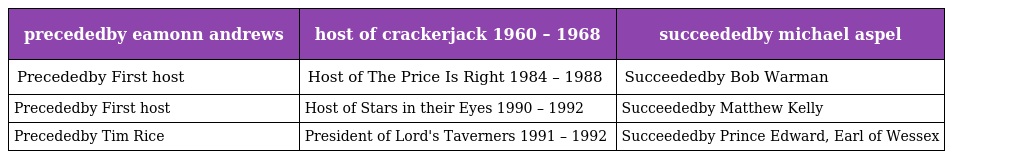
| precededby eamonn andrews | host of crackerjack 1960 – 1968 | succeededby michael aspel |
 | --- | --- | --- |
 | Precededby First host | Host of The Price Is Right 1984 – 1988 | Succeededby Bob Warman |
 | Precededby First host | Host of Stars in their Eyes 1990 – 1992 | Succeededby Matthew Kelly |
 | Precededby Tim Rice | President of Lord's Taverners 1991 – 1992 | Succeededby Prince Edward, Earl of Wessex |